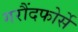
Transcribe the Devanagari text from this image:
गरौंदफोर्से